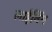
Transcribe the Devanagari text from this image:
लाईनिंग